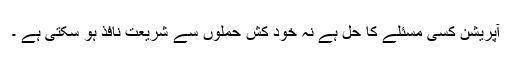
آپریشن کسی مسئلے کا حل ہے نہ خود کش حملوں سے شریعت نافذ ہو سکتی ہے ۔